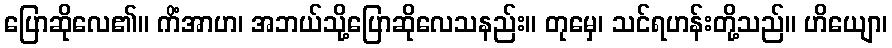
ပြောဆိုလေ၏။ ကိံအာဟ၊ အဘယ်သို့ပြောဆိုလေသနည်း။ တုမှေ၊ သင်ရဟန်းတို့သည်။ ဟိယျော၊